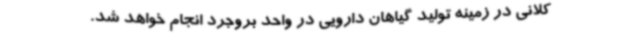
کلانی در زمینه تولید گیاهان دارویی در واحد بروجرد انجام خواهد شد.